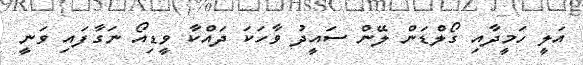
އަލީ ހަމީދާއި ގޯލްޑަން ލޭން ސައީދު ވާހަކަ ދައްކާ ވީޑިއޯ ނަގާފައި ވަނީ